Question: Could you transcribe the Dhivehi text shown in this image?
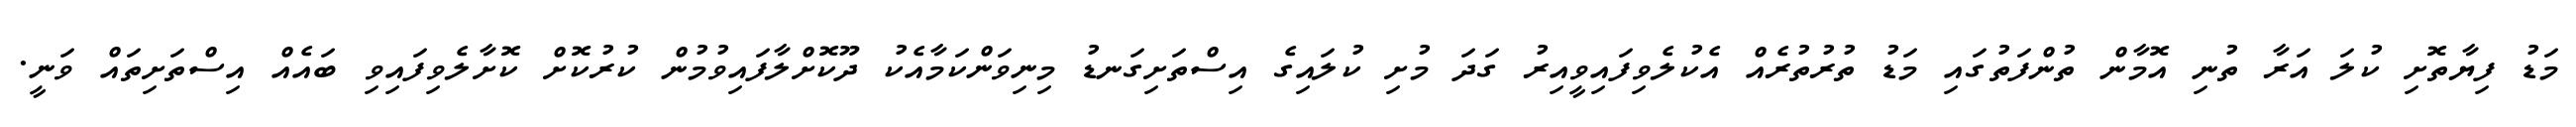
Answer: މަޑު ފިޔާތޮށި ކުލަ އަރާ ތުނި އޮމާން ތުންފަތުގައި މަޑު ތުރުތުރެއް އެކުލެވިފައިވީއިރު ގަދަ މުށި ކުލައިގެ އިސްތަށިގަނޑު މިނިވަންކަމާއެކު ދޫކޮށްލާފައިވުމުން ކުރުކޮށް ކޮށާލެވިފައިވި ބައެއް އިސްތަށިތައް ވަނީ.